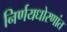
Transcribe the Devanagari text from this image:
निर्णयधोरणांत